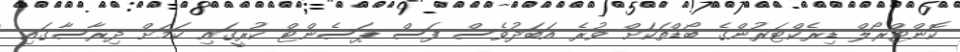
ކޮންޓްރޯލް ޑިރެކްޓަރުންގެ ބޯޑްތަކަށް ވުރެ އަބަދުވެސް ފަސް ޕަސެންޓް ކުރީގައި ކަމަށް ދިރާސާގައި